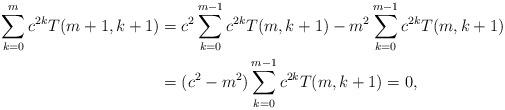
LaTeX: \begin{align*}\sum_{k=0}^{m}c^{2k}T(m+1,k+1) & =c^{2}\sum_{k=0}^{m-1}c^{2k}T(m,k+1)-m^{2}\sum_{k=0}^{m-1}c^{2k}T(m,k+1)\\ & =(c^{2}-m^{2})\sum_{k=0}^{m-1}c^{2k}T(m,k+1)=0,\end{align*}